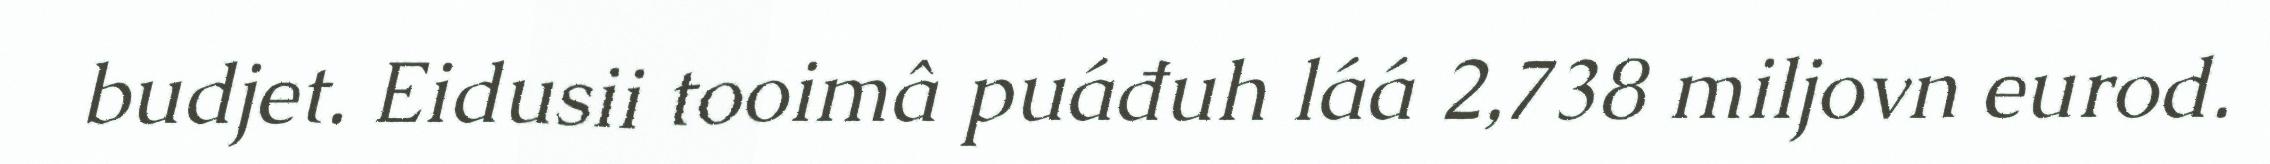
budjet. Eidusii tooimâ puáđuh láá 2,738 miljovn eurod.